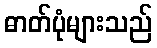
ဓာတ်ပုံများသည်